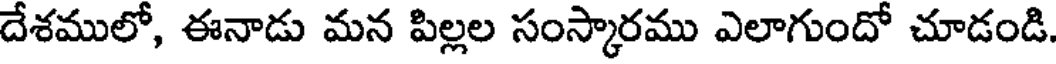
దేశములో, ఈనాడు మన పిల్లల సంస్కారము ఎలాగుందో చూడండి.